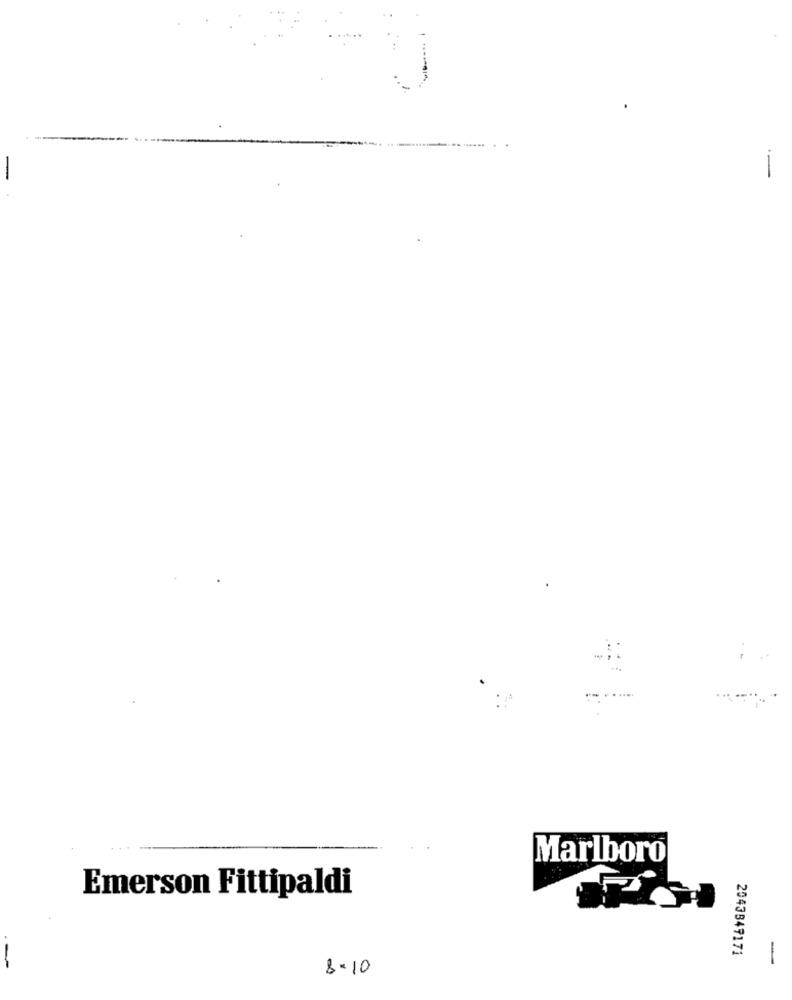
Marlboro
Emerson Fittipaldi
2043849171
-
.--
8-10